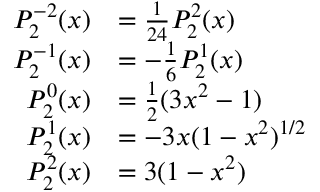
{ \begin{array} { r l } { P _ { 2 } ^ { - 2 } ( x ) } & { = { \frac { 1 } { 2 4 } } P _ { 2 } ^ { 2 } ( x ) } \\ { P _ { 2 } ^ { - 1 } ( x ) } & { = - { \frac { 1 } { 6 } } P _ { 2 } ^ { 1 } ( x ) } \\ { P _ { 2 } ^ { 0 } ( x ) } & { = { \frac { 1 } { 2 } } ( 3 x ^ { 2 } - 1 ) } \\ { P _ { 2 } ^ { 1 } ( x ) } & { = - 3 x ( 1 - x ^ { 2 } ) ^ { 1 / 2 } } \\ { P _ { 2 } ^ { 2 } ( x ) } & { = 3 ( 1 - x ^ { 2 } ) } \end{array} }